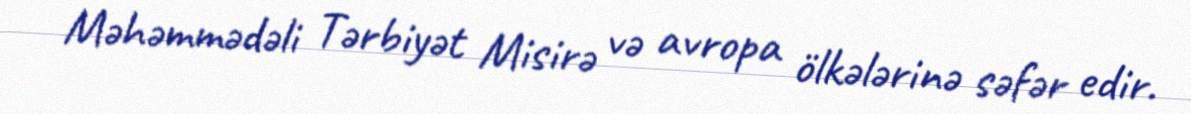
Məhəmmədəli Tərbiyət Misirə və avropa ölkələrinə səfər edir.